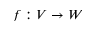
f : V \to W